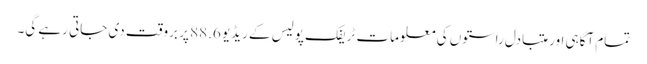
تمام آگاہی اور متبادل راستوں کی معلومات ٹریفک پولیس کے ریڈیو 88.6 پر بروقت دی جاتی رہے گی۔